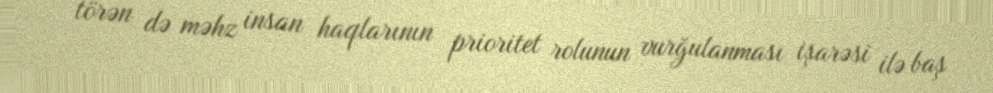
törən də məhz insan haqlarının prioritet rolunun vurğulanması işarəsi ilə baş